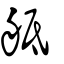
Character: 𦨢